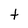
Character: t